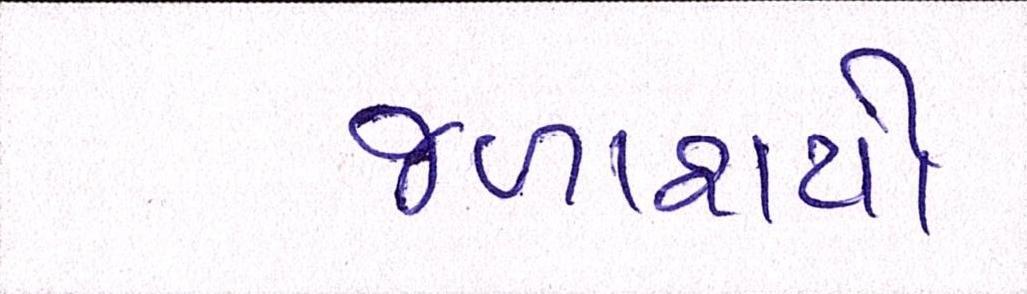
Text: જળાશયો